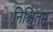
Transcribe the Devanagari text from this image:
निश्चितम्